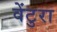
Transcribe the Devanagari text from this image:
वेंटुरा